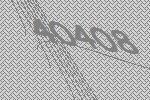
40408